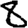
Digit: 8